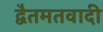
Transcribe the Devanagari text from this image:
द्वैतमतवादी